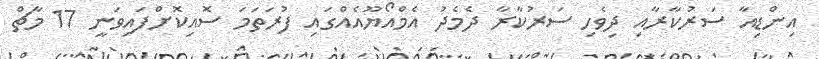
އިންޑިއާ ސަރުކާރާއި ދިވެހި ސަރުކާރާ ދެމެދު އެމްއޯޔޫއެއްގައި ފުރަތަމަ ސޮއިކޮށްފައިވަނީ 17 މާޗް